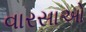
વારસાઓ